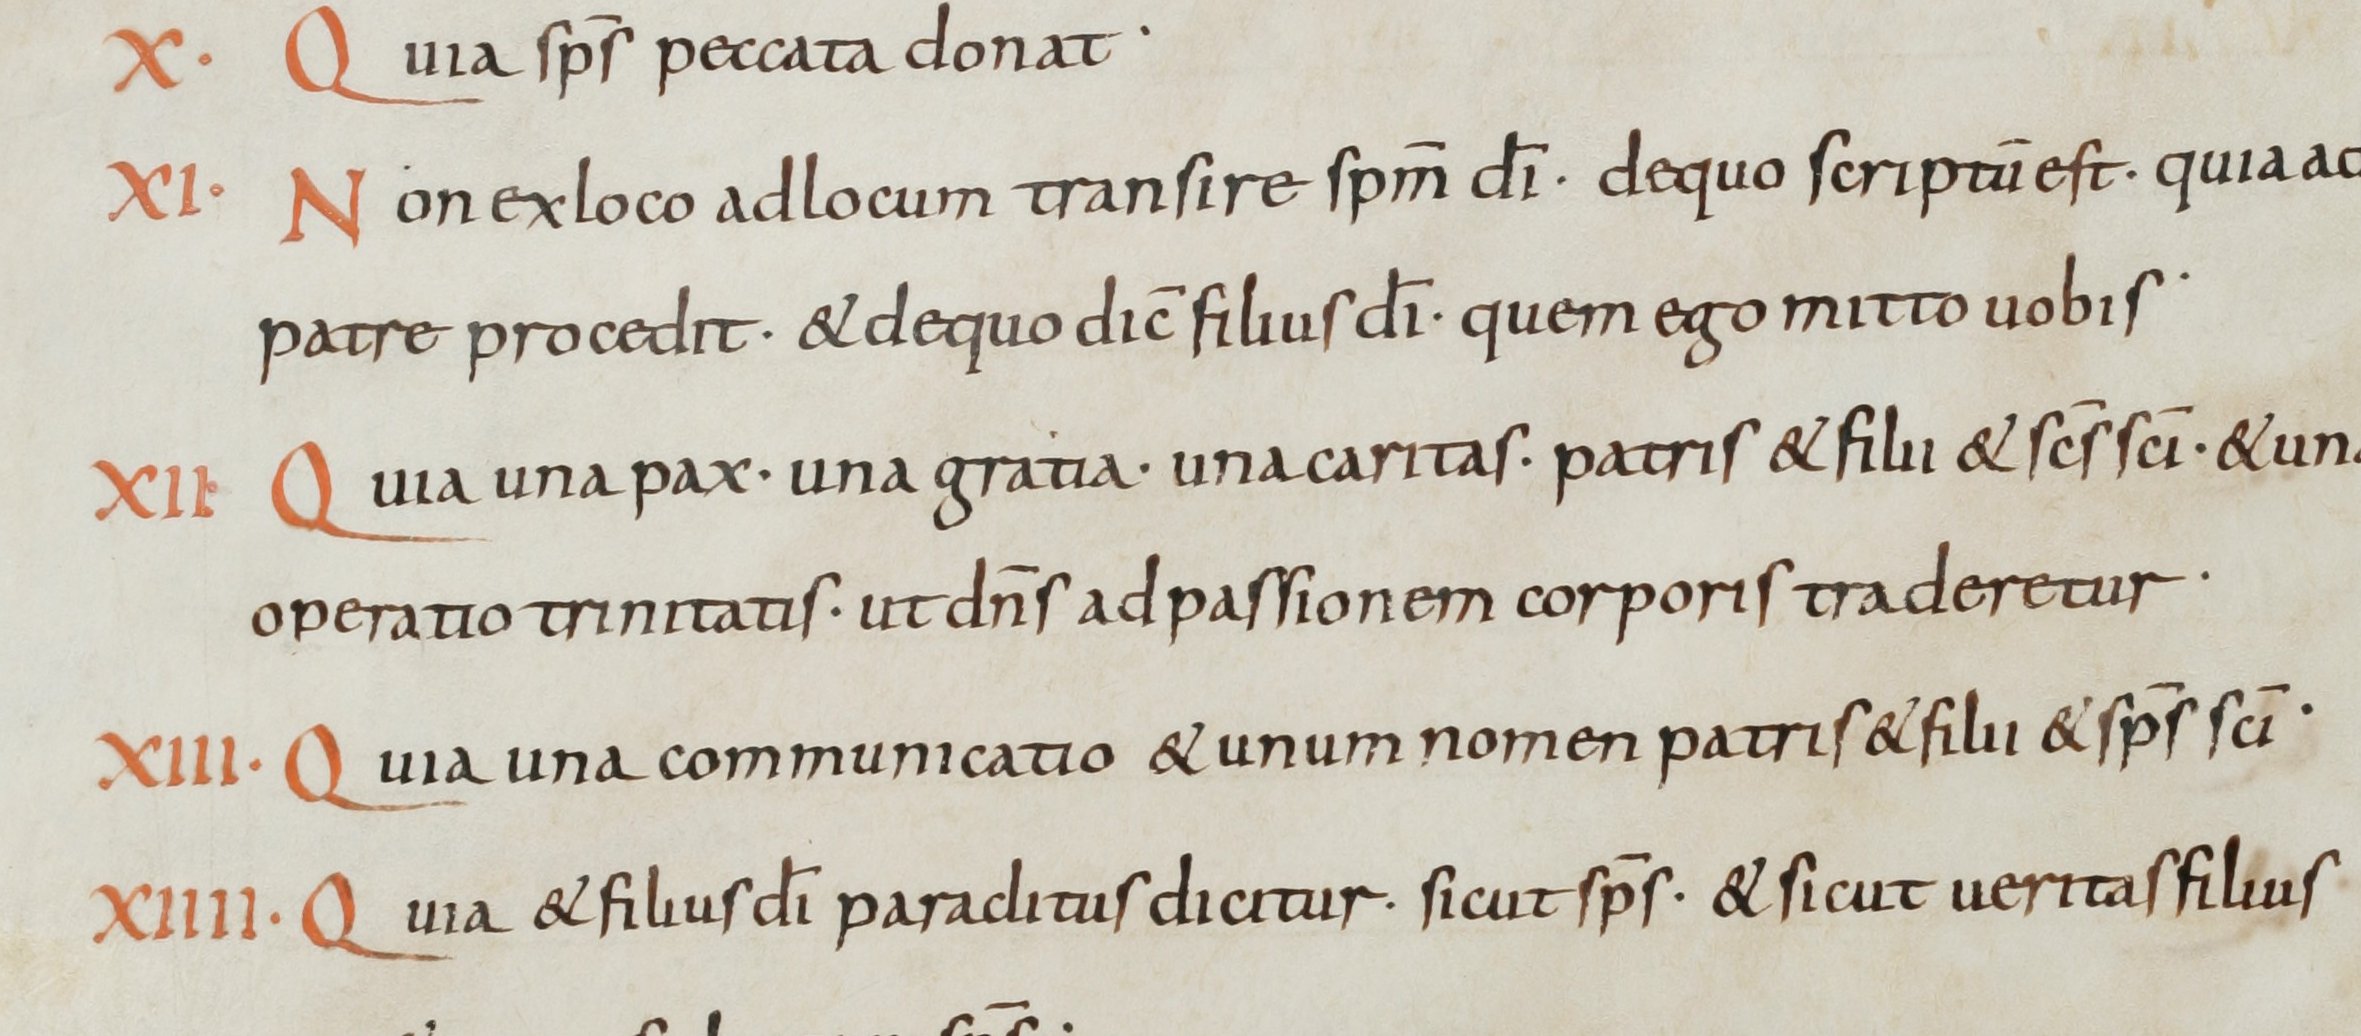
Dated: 900–999